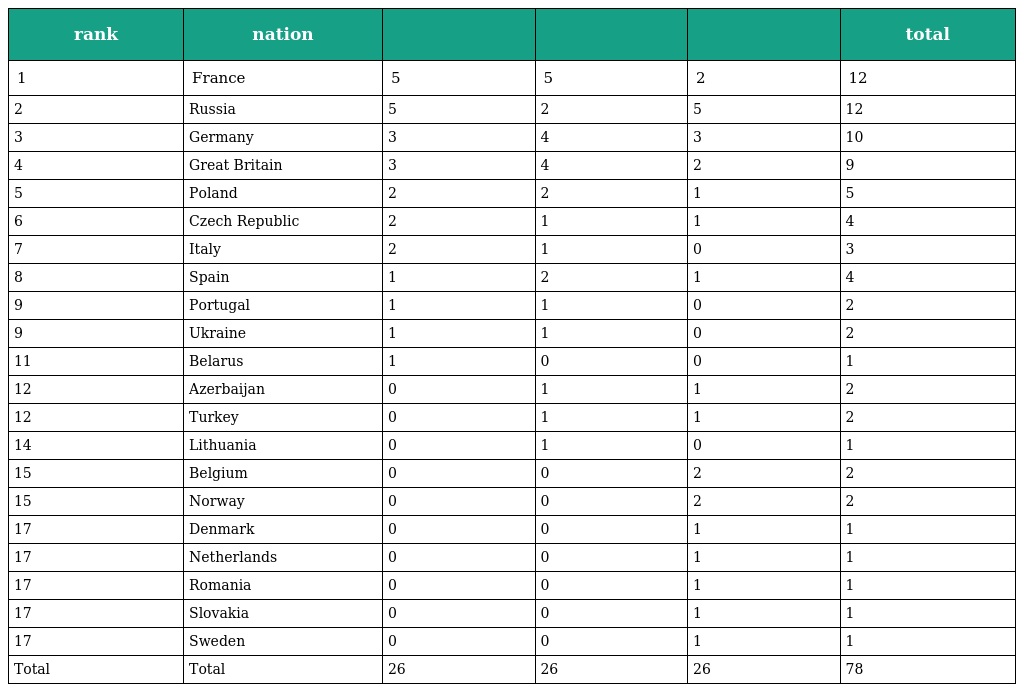
| rank | nation |  |  |  | total |
 | --- | --- | --- | --- | --- | --- |
 | 1 | France | 5 | 5 | 2 | 12 |
 | 2 | Russia | 5 | 2 | 5 | 12 |
 | 3 | Germany | 3 | 4 | 3 | 10 |
 | 4 | Great Britain | 3 | 4 | 2 | 9 |
 | 5 | Poland | 2 | 2 | 1 | 5 |
 | 6 | Czech Republic | 2 | 1 | 1 | 4 |
 | 7 | Italy | 2 | 1 | 0 | 3 |
 | 8 | Spain | 1 | 2 | 1 | 4 |
 | 9 | Portugal | 1 | 1 | 0 | 2 |
 | 9 | Ukraine | 1 | 1 | 0 | 2 |
 | 11 | Belarus | 1 | 0 | 0 | 1 |
 | 12 | Azerbaijan | 0 | 1 | 1 | 2 |
 | 12 | Turkey | 0 | 1 | 1 | 2 |
 | 14 | Lithuania | 0 | 1 | 0 | 1 |
 | 15 | Belgium | 0 | 0 | 2 | 2 |
 | 15 | Norway | 0 | 0 | 2 | 2 |
 | 17 | Denmark | 0 | 0 | 1 | 1 |
 | 17 | Netherlands | 0 | 0 | 1 | 1 |
 | 17 | Romania | 0 | 0 | 1 | 1 |
 | 17 | Slovakia | 0 | 0 | 1 | 1 |
 | 17 | Sweden | 0 | 0 | 1 | 1 |
 | Total | Total | 26 | 26 | 26 | 78 |